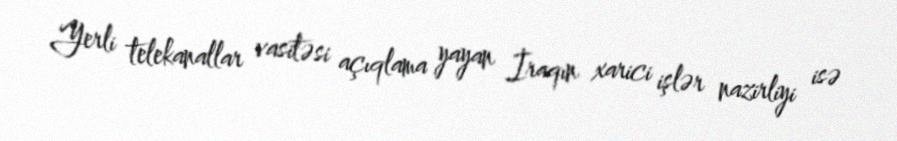
Yerli telekanallar vasitəsi açıqlama yayan İraqın xarici işlər nazirliyi isə